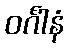
ဝင်္ဂါနံ